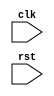
module Loop_Skip(
    input wire clk,
    input wire rst,
    // Add other input ports as needed
);

    reg [7:0] loop_count = 0; // Loop counter
    reg skip_condition = 0; // Condition to skip iteration

    always @(posedge clk or posedge rst) begin
        if (rst) begin
            loop_count <= 0;
            skip_condition <= 0;
        end else begin
            // Loop structure
            if (loop_count < 10 && !skip_condition) begin
                // Code to be executed within the loop
                // Add your code here

                // Increment loop counter
                loop_count <= loop_count + 1;
            end else begin
                // Check for condition to skip iteration
                // If condition is met, set skip_condition
                // Skip next iteration
                // reset loop_count to 0

                // Example: Skip iteration if loop_count is even
                if (loop_count % 2 == 0) begin
                    skip_condition <= 1;
                end else begin
                    skip_condition <= 0;
                end
                loop_count <= 0;
            end
        end
    end

endmodule